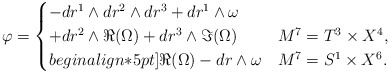
\begin{align*} \varphi = \begin{cases} - dr^1 \wedge dr^2 \wedge dr^3 + dr^1 \wedge \omega \\ + dr^2 \wedge \Re (\Omega) + dr^3 \wedge \Im (\Omega) & M^7 = T^3 \times X^4, \\begin{align*}5pt] \Re (\Omega) - dr \wedge \omega & M^7 = S^1 \times X^6. \end{cases}\end{align*}